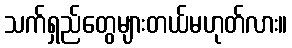
သက်ရှည်တွေများတယ်မဟုတ်လား။